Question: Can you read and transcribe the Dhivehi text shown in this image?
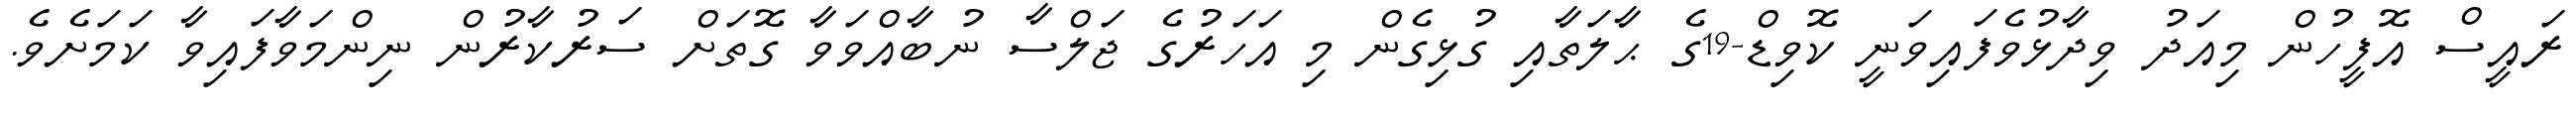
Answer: ރައީސް އޮފީހުން މިއަދު ވިދާޅުވެފައިވަނީ ކޮވިޑް-19ގެ ޙާލަތާއި ގުޅިގެން މި އަހަރުގެ ޖަލްސާ ނުބާއްވަވާ ގޮތަށް ސަރުކާރުން ނިންމަވާފައިވާ ކަމަށެވެ.